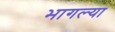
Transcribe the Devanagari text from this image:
भागल्या